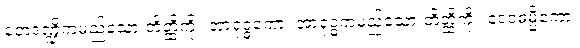
တေဒဏ္ဍိကမည်သော တိတ္ထိကို။ အာရုဒ္ဓကော၊ အာရုဒ္ဓကမည်သော တိတ္ထိကို။ ဒေဝဓမ္မိကော၊